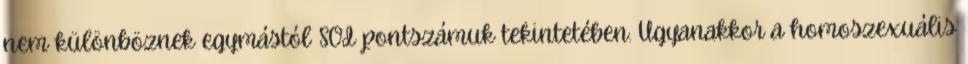
nem különböznek egymástól SOI pontszámuk tekintetében. Ugyanakkor a homoszexuális